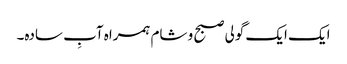
ایک ایک گولی صبح و شام ہمراہ آبِ سادہ۔